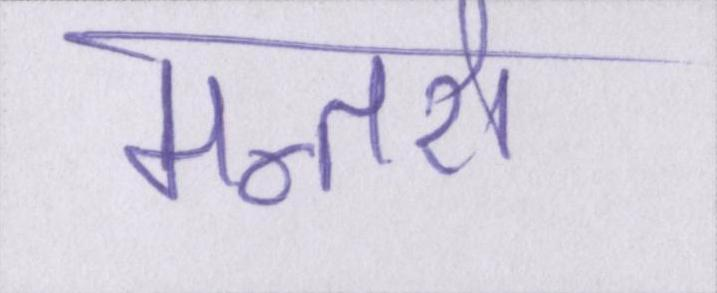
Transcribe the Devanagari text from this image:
मन्तरो